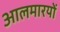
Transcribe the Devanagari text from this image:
आलमारयों